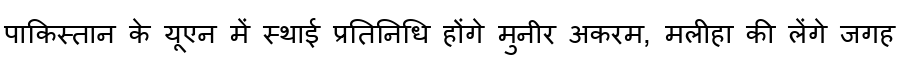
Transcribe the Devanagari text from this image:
पाकिस्तान के यूएन में स्थाई प्रतिनिधि होंगे मुनीर अकरम, मलीहा की लेंगे जगह